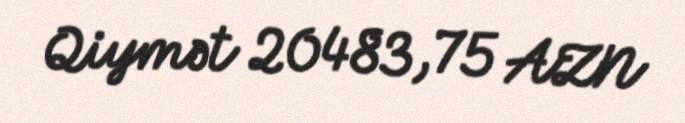
Qiymət 20483,75 AZN